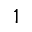
1